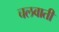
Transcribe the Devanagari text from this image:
चलवाती